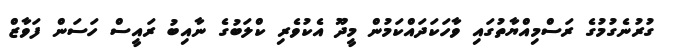
ގުރުނެގުމުގެ ރަސްމިއްޔާތުގައި ވާހަކަދައްކަމުން މީދޫ އެކުވެރި ކްލަބުގެ ނާއިބު ރައީސް ހަސަން ފަވާޒް